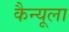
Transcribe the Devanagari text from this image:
कैन्यूला